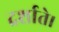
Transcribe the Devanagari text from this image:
दर्शाते।